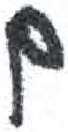
אות: ם